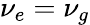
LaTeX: \nu_{e}=\nu_{g}